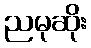
ညမုဆိုး